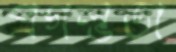
প্রগল্ভতা